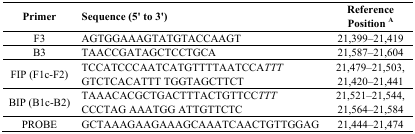
| Primer | Sequence (5′ to 3′) | Reference Position A |
 | --- | --- | --- |
 | F3 | AGTGGAAAGTATGTACCAAGT | 21,399–21,419 |
 | B3 | TAACCGATAGCTCCTGCA | 21,587–21,604 |
 | <ROWSPAN=2> FIP (F1c-F2) | TCCATCCCAATCATGTTTTAATCCATTT | 21,479–21,503 |
 | GTCTCACATTT TGGTAGCTTCT | 21,420–21,441 |
 | <ROWSPAN=2> BIP (B1c-B2) | TAAACACGCTGACTTTACTGTTCCTTT | 21,521–21,544 |
 | CCCTAG AAATGG ATTGTTCTC | 21,564–21,584 |
 | PROBE | GCTAAAGAAGAAAGCAAATCAACTGTTGGAG | 21,444–21,474 |